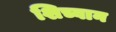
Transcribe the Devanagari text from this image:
शिच्वान